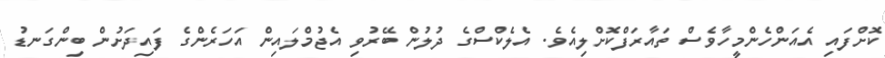
ކޮށްފައި އެއަންހެންމީހާވެސް ތައާރަފްކޮށްލިއެވެ. އެލެކްސްގެ ދުލުން ބޭރުވި އެޖުމްލައިން އަހަރެންގެ ފައިދަށުން ބިންގަނޑު